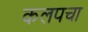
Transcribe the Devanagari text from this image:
कलपचा